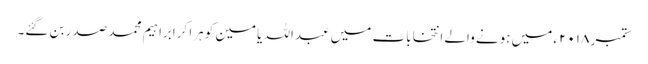
ستمبر ۲۰۱۸ء میں ہونے والے انتخابات میں عبداللہ یامین کو ہرا کرابراہیم محمد صدر بن گئے۔